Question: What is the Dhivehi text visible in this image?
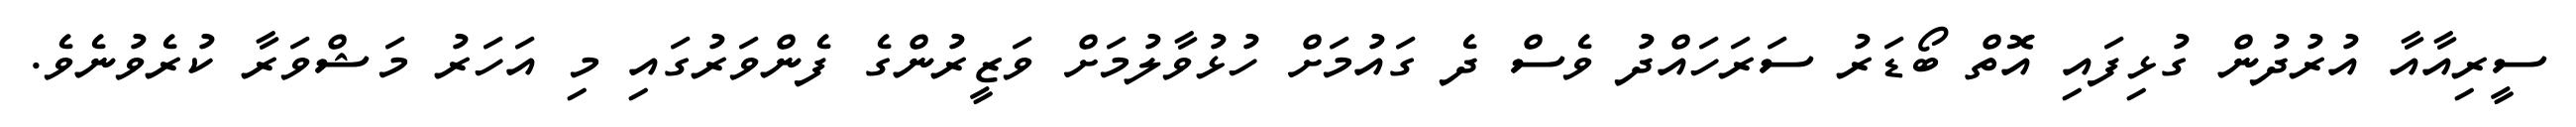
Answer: ސީރިއާއާ އުރުދުން ގުޅިފައި އޮތް ބޯޑަރު ސަރަހައްދު ވެސް ދެ ގައުމަށް ހުޅުވާލުމަށް ވަޒީރުންގެ ފެންވަރުގައި މި އަހަރު މަޝްވަރާ ކުރެވުނެވެ.